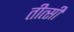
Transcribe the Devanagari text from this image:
तीत्सी